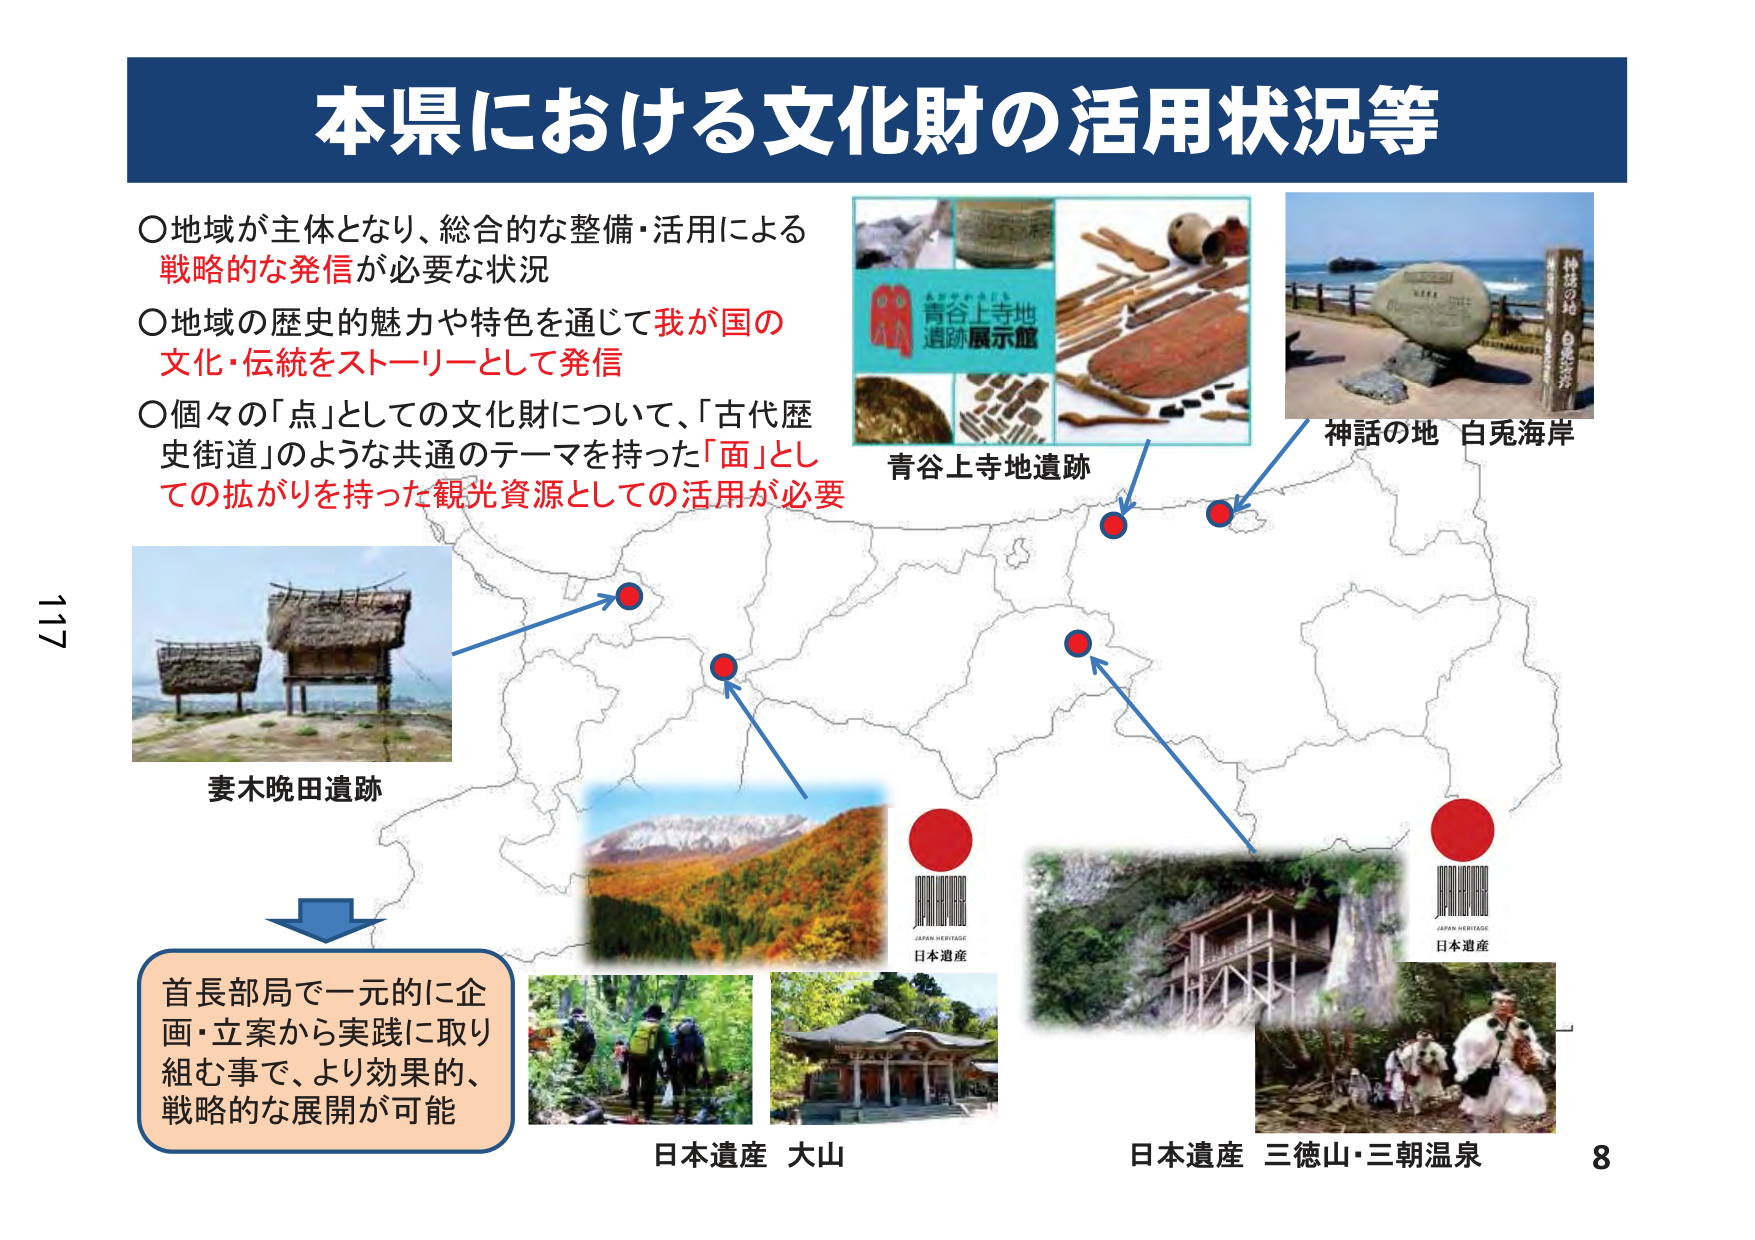
本県における文化財の活用状況等

○地域が主体となり、総合的な整備・活用による
戦略的な発信が必要な状況

○地域の歴史的魅力や特色を通じて我が国の
文化・伝統をストーリーとして発信

○個々の「点」としての文化財について、「古代歴
史街道」のような共通のテーマを持った「面」とし
ての拡がりを持った観光資源としての活用が必要

青谷上寺地遺跡
神話の地 白兎海岸

妻木晩田遺跡

首長部局で一元的に企
画・立案から実践に取り
組む事で、より効果的、
戦略的な展開が可能

日本遺産 大山

日本遺産 三徳山・三朝温泉

JAPAN HERITAGE
日本遺産

JAPAN HERITAGE
日本遺産

117
8